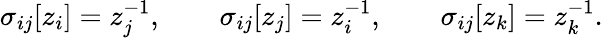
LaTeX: \sigma_{ij}[z_{i}]=z_{j}^{-1},\qquad\sigma_{ij}[z_{j}]=z_{i}^{-1},\qquad\sigma_{ij}[z_{k}]=z_{k}^{-1}.